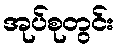
အုပ်စုတွင်း